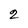
Character: 2